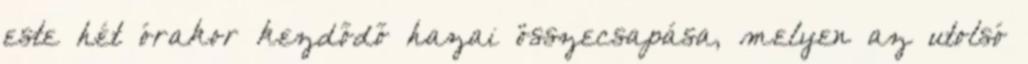
este hét órakor kezdődő hazai összecsapása, melyen az utolsó